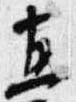
直